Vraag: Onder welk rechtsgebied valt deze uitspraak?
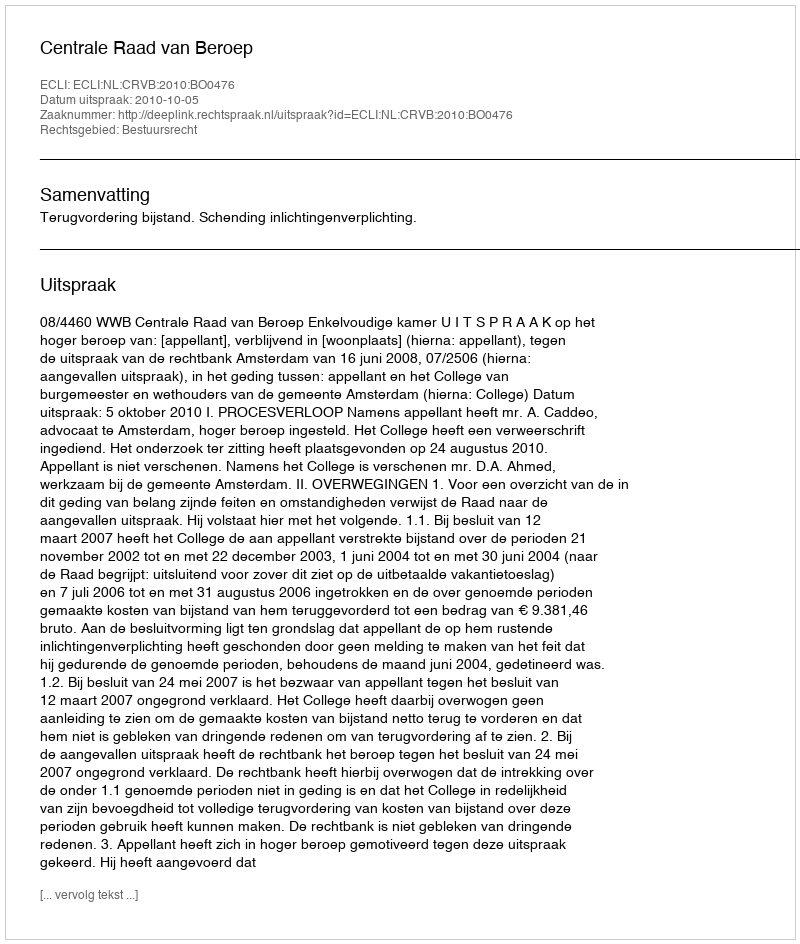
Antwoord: Bestuursrecht